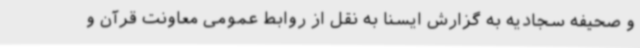
و صحیفه سجادیه به گزارش ایسنا به نقل از روابط عمومی معاونت قرآن و